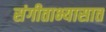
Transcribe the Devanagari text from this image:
संगीताभ्यासात